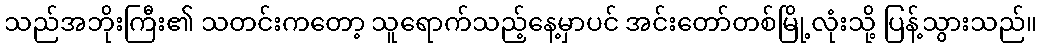
သည်အဘိုးကြီး၏ သတင်းကတော့ သူရောက်သည့်နေ့မှာပင် အင်းတော်တစ်မြို့လုံးသို့ ပြန့်သွားသည်။